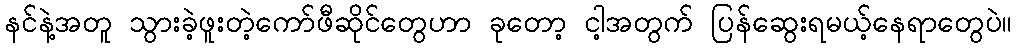
နင်နဲ့အတူ သွားခဲ့ဖူးတဲ့ကော်ဖီဆိုင်တွေဟာ ခုတော့ ငါ့အတွက် ပြန်ဆွေးရမယ့်နေရာတွေပဲ။